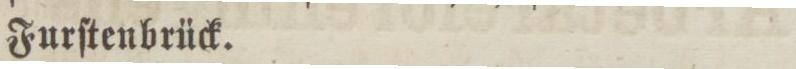
Furſtenbrück.